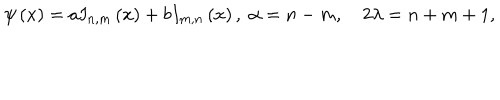
\psi \left( x \right) = a I _ { n , m } \left( x \right) + b I _ { m , n } \left( x \right) , \; \alpha = n - m , \quad 2 \lambda = n + m + 1 ,